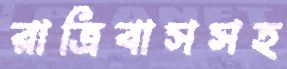
রাত্রিবাসসহ